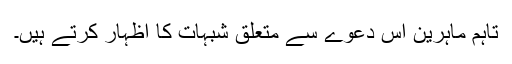
تاہم ماہرین اس دعوے سے متعلق شبہات کا اظہار کرتے ہیں۔